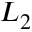
L _ { 2 }